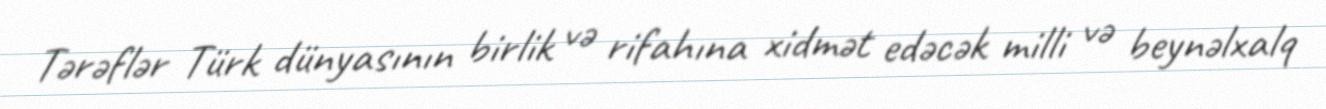
Tərəflər Türk dünyasının birlik və rifahına xidmət edəcək milli və beynəlxalq